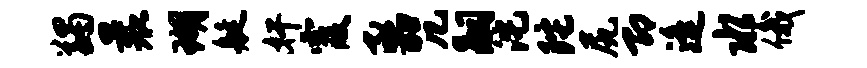
蠲曩瑚艇奸霞亟咒嗣沱陀尻即遥水俄